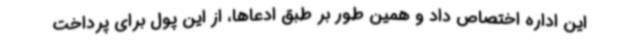
این اداره اختصاص داد و همین طور بر طبق ادعاها، از این پول برای پرداخت